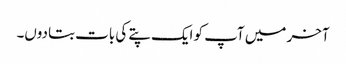
آخر میں آپ کو ایک پتے کی بات بتادوں۔